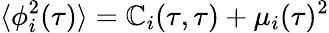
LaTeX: \langle\phi_{i}^{2}(\tau)\rangle=\mathbb{C}_{i}(\tau,\tau)+\mu_{i}(\tau)^{2}